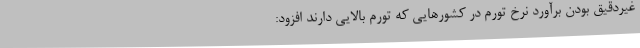
غیردقیق بودن برآورد نرخ تورم در کشورهایی که تورم بالایی دارند افزود: